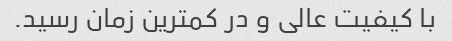
با کیفیت عالی و در کمترین زمان رسید.